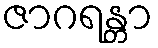
ဇာဂရန္တာ